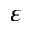
\varepsilon